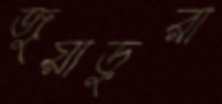
জুয়াড়ুরা